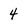
Character: 4